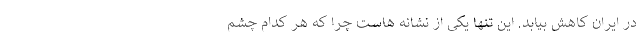
در ایران کاهش بیابد. این تنها یکی از نشانه هاست چرا که هر کدام چشم